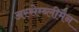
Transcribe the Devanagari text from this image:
अस्सेम्ब्लीमैन